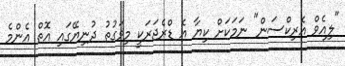
"ލިއެވް އެެރިކްސަން" ނަމަކަށް ކިޔާ އެ ޑްރެޖަރަކީ މިވަގުތު ދުނިޔޭގައި އޮތް އެންމެ